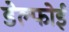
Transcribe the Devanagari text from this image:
डेल्फोई